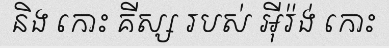
និង កោះ គីស្ស របស់ អ៊ីរ៉ង់ កោះ